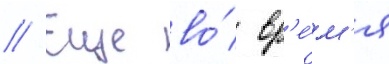
// Еще во́ вр'е́м'я